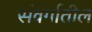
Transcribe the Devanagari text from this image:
संवर्गातील